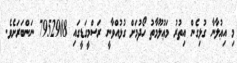
މި އިޢުލާނާ ގުޅިގެން އިތުރު މަޢުލޫމާތު ހޯދުމަށް ގުޅުއްވާނީ ރަސްމީގަޑީގައި 7952908 ނަންބަރަށެވެ.